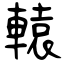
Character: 轅